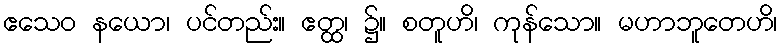
ဧသေဝ နယော၊ ပင်တည်း။ ဧတ္ထ၊ ၌။ စတူဟိ၊ ကုန်သော။ မဟာဘူတေဟိ၊